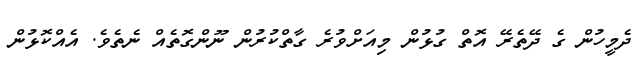
ދެމީހުން ގެ ދޭތެރޭ އޮތް ގުޅުން މިއަށްވުރެ ގާތްކުރުން ނޫންގޮތެއް ނެތެވެ. އެއްކޮޅުން